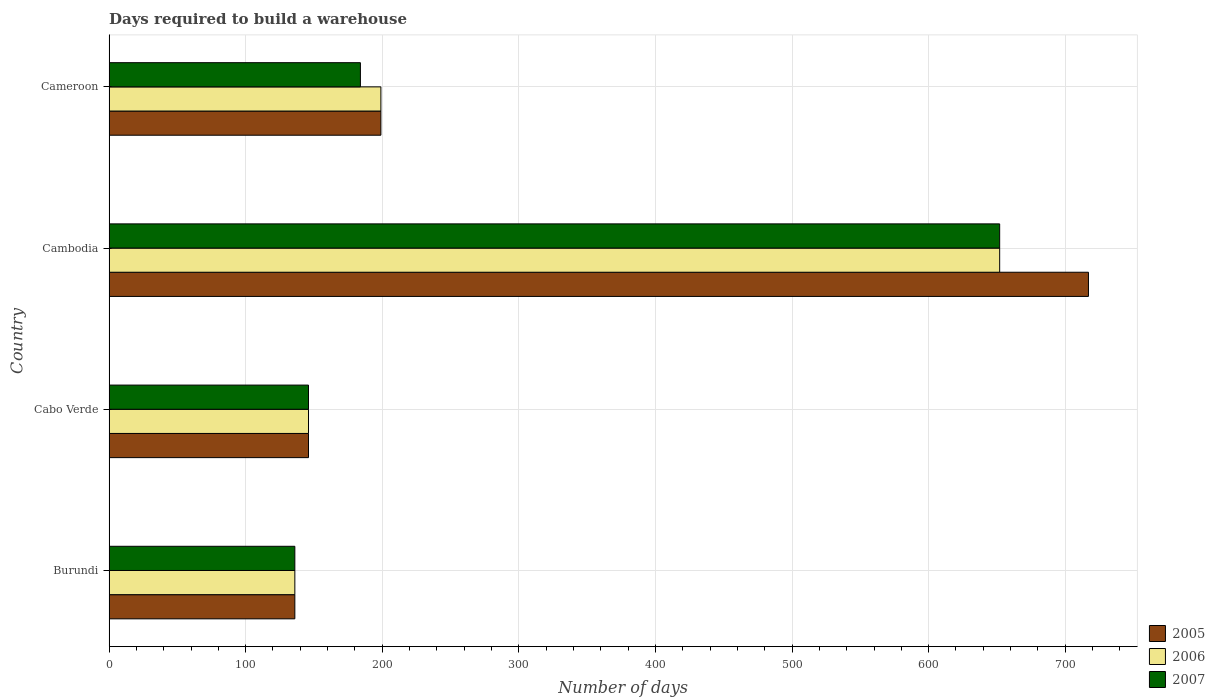
| Country | 2005 | 2006 | 2007 |
 | --- | --- | --- | --- |
 | Burundi | 136 | 136 | 136 |
 | Cabo Verde | 146 | 146 | 146 |
 | Cambodia | 717 | 652 | 652 |
 | Cameroon | 199 | 199 | 184 |